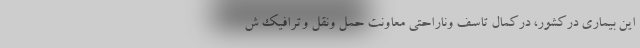
این بیماری درکشور، درکمال تاسف وناراحتی معاونت حمل ونقل وترافیک ش